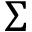
\Sigma